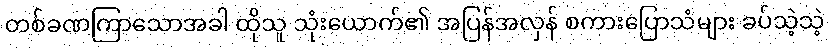
တစ်ခဏကြာသောအခါ ထိုသူ သုံးယောက်၏ အပြန်အလှန် စကားပြောသံများ ခပ်သဲ့သဲ့